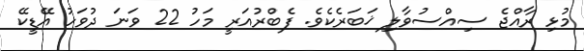
މުޅި ރާއްޖެ ސިއްސުވާލި ޚަބަރެކެވެ. ފެބްރުއަރީ މަހު 22 ވަނަ ދުވަހު އޭޑީކޭ